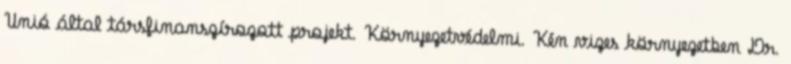
Unió által társfinanszírozott projekt. Környezetvédelmi. Kén vizes környezetben Dr.